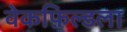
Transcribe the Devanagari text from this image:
वेकफ़िल्डला